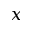
x